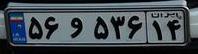
۵۶و۵۳۶۱۴